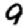
Digit: 9